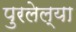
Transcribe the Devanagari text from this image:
पुरलेल्या